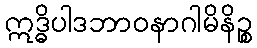
ဣဒ္ဓိပါဒဘာဝနာဂါမိနိဉ္စ